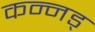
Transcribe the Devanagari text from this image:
कन्नड्